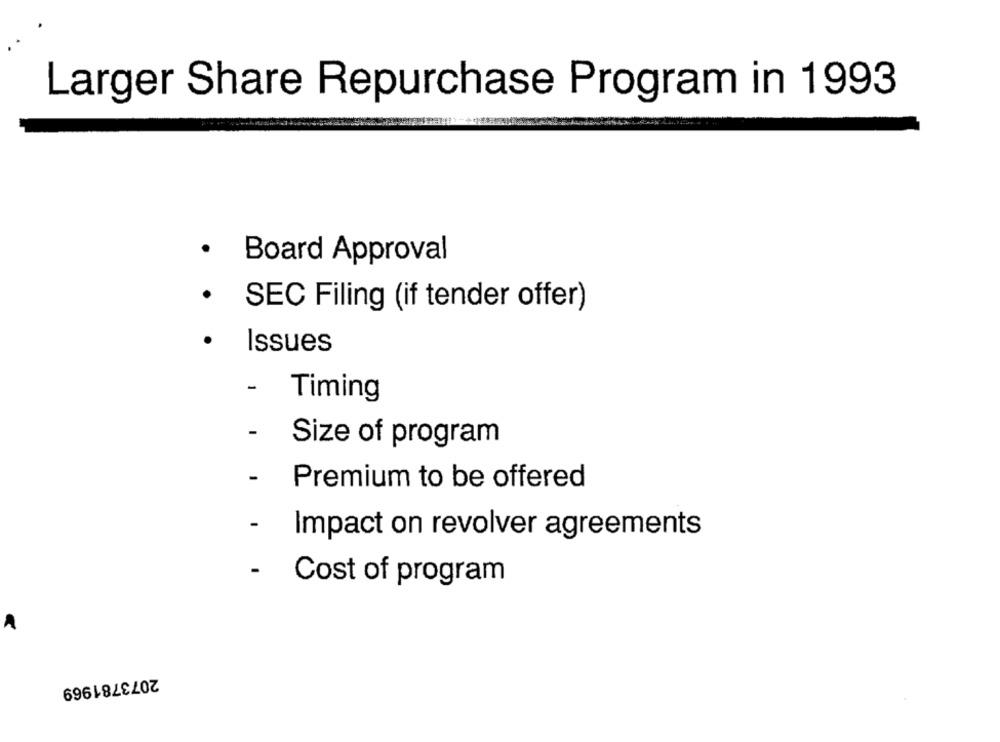
Larger Share Repurchase Program in 1993
· Board Approval
· SEC Filing (if tender offer)
· Issues
- Timing
- Size of program
- Premium to be offered
- Impact on revolver agreements
- Cost of program
2073781969